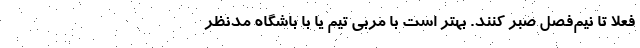
فعلا تا نیم‌فصل صبر کنند. بهتر است با مربی تیم یا با باشگاه مدنظر